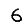
Digit: 6